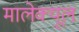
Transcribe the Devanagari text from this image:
मालेक्यूल